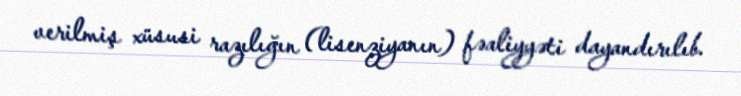
verilmiş xüsusi razılığın (lisenziyanın) fəaliyyəti dayandırılıb.